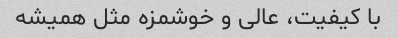
با کیفیت، عالی و خوشمزه مثل همیشه